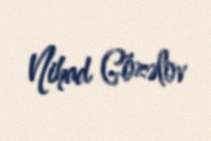
Nihad Gözəlov